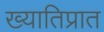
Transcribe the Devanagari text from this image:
ख्यातिप्रात